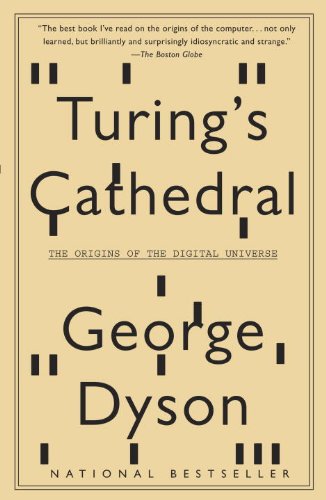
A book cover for Turing's Cathedral: The Origins of the Digital Universe; George Dyson; Computers & Technology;